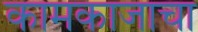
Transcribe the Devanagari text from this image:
कामकाजाचा